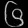
Digit: ၆